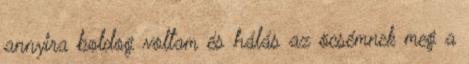
annyira boldog voltam és hálás az öcsémnek meg a